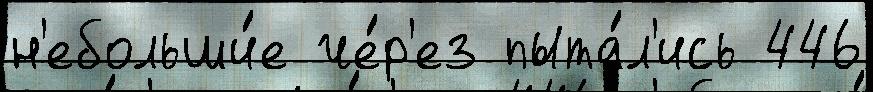
н'ебольши́е че́р'ез пыта́л'ись 446